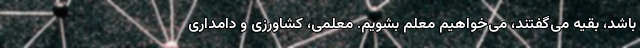
باشد، بقیه می‌گفتند، می‌خواهیم معلم بشویم. معلمی، کشاورزی و دامداری